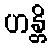
ဟန္တိ